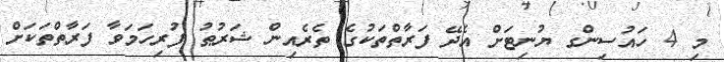
މި 4 ހައުސިންގ ޔުނިޓަށް އެދޭ ފަރާތްތަކުގެ ތެރެއިން ޝަރުޠު ފުރިހަމަވާ ފަރާތްތަކަށް